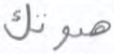
صوتك